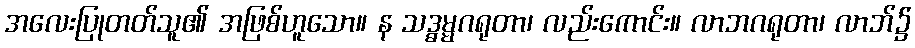
အလေးပြုတတ်သူ၏ အဖြစ်ဟူသော။ န သဒ္ဓမ္မဂရုတာ၊ လည်းကောင်း။ လာဘဂရုတာ၊ လာဘ်၌